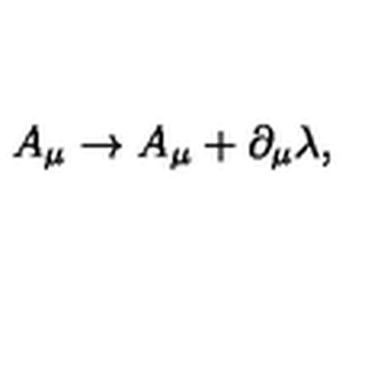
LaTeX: A _ { \mu } \rightarrow A _ { \mu } + \partial _ { \mu } \lambda ,